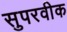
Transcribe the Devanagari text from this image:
सुपरवीक